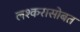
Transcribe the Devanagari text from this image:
लश्करासोबत